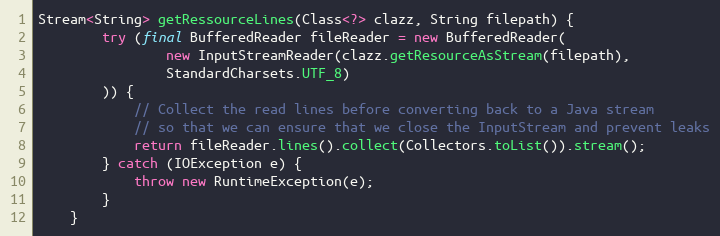
Language: Java
Stream<String> getRessourceLines(Class<?> clazz, String filepath) {
        try (final BufferedReader fileReader = new BufferedReader(
                new InputStreamReader(clazz.getResourceAsStream(filepath),
                StandardCharsets.UTF_8)
        )) {
            // Collect the read lines before converting back to a Java stream
            // so that we can ensure that we close the InputStream and prevent leaks
            return fileReader.lines().collect(Collectors.toList()).stream();
        } catch (IOException e) {
            throw new RuntimeException(e);
        }
    }